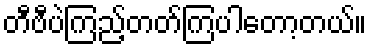
တီဗီပဲကြည့်တတ်ကြပါတော့တယ်။